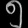
Digit: ၅